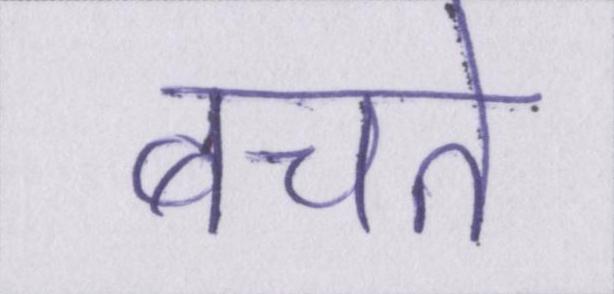
बचते